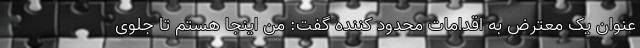
عنوان یک معترض به اقدامات محدود کننده گفت: من اینجا هستم تا جلوی